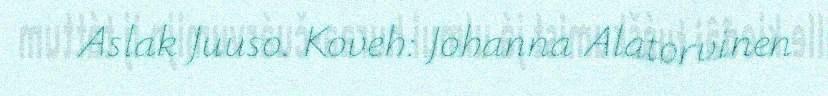
Aslak Juuso. Koveh: Johanna Alatorvinen